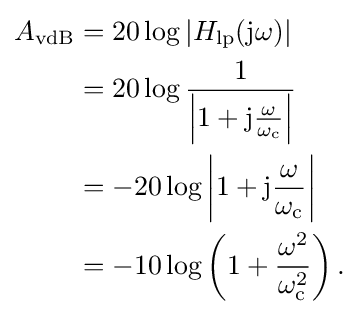
{\begin{aligned}A_{\text{vdB}}&=20\log |H_{\text{lp}}(\mathrm {j} \omega )|\\&=20\log {\frac {1}{\left|1+\mathrm {j} {\frac {\omega }{\omega _{\text{c}}}}\right|}}\\&=-20\log \left|1+\mathrm {j} {\frac {\omega }{\omega _{\text{c}}}}\right|\\&=-10\log \left(1+{\frac {\omega ^{2}}{\omega _{\text{c}}^{2}}}\right).\end{aligned}}